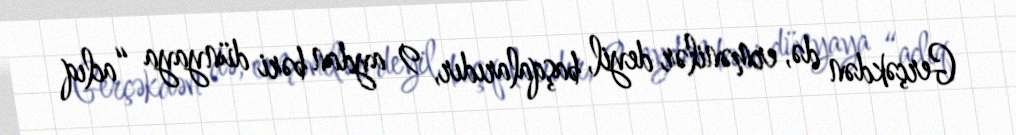
Gerçəkdən də, ermənilər deyil, başqalarıdır, 9 aydan bəri dünyaya “aclıq